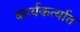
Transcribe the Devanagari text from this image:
कार्यकर्त्‍यात